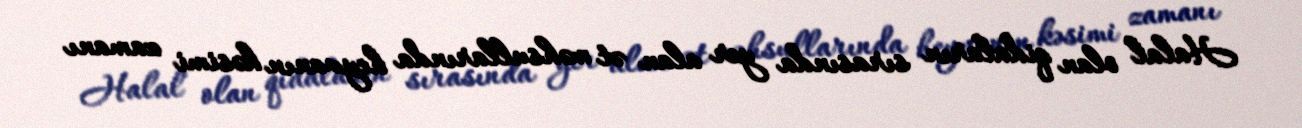
Halal olan qidaların sırasında yer alan ət məhsullarında heyvanın kəsimi zamanı